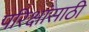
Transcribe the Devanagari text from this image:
परिक्षांसाठी